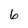
Character: 6